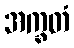
အက္ခတံ